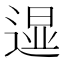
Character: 𲅧